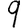
Digit: 9